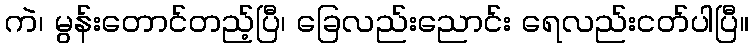
ကဲ၊ မွန်းတောင်တည့်ပြီ၊ ခြေလည်းညောင်း ရေလည်းငတ်ပါပြီ။